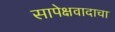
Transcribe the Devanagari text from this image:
सापेक्षवादाचा